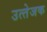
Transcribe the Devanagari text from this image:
उत्‍तेजक